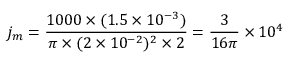
j _ { m } = { \frac { 1 0 0 0 \times ( 1 . 5 \times 1 0 ^ { - 3 } ) } { \pi \times ( 2 \times 1 0 ^ { - 2 } ) ^ { 2 } \times 2 } } = { \frac { 3 } { 1 6 \pi } } \times 1 0 ^ { 4 }